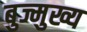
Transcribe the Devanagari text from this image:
बुज्मुख्य